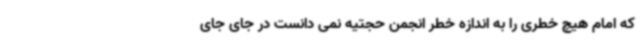
که امام هیچ خطری را به اندازه خطر انجمن حجتیه نمی دانست در جای جای